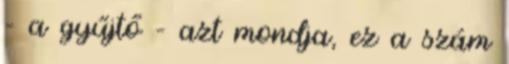
– a gyűjtő – azt mondja, ez a szám